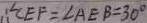
\therefore \angle C E F = \angle A E B = 3 0 ^ { \circ }